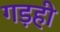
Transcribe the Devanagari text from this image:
गड़ही